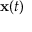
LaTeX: { \mathbf { x } } ( t )